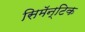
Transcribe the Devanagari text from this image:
सिमॅन्टिक